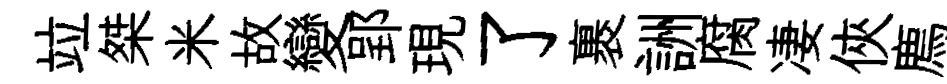
竝桀米故變郢現了裹詶腐凄俠廌